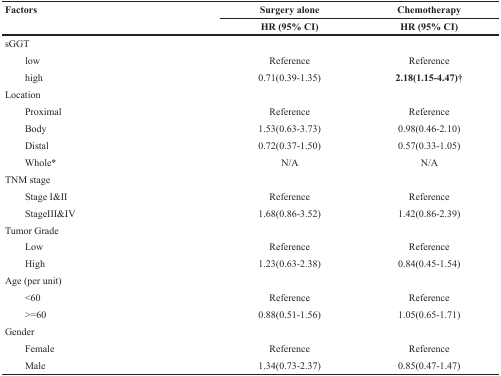
<table><thead><tr><td rowspan="2"><b>Factors</b></td><td><b>Surgery alone</b></td><td><b>Chemotherapy</b></td></tr><tr><td><b>HR (95% CI)</b></td><td><b>HR (95% CI)</b></td></tr></thead><tbody><tr><td>sGGT</td><td></td><td></td></tr><tr><td>low</td><td>Reference</td><td>Reference</td></tr><tr><td>high</td><td>0.71(0.39-1.35)</td><td><b>2.18(1.15-4.47)†</b></td></tr><tr><td>Location</td><td></td><td></td></tr><tr><td>Proximal</td><td>Reference</td><td>Reference</td></tr><tr><td>Body</td><td>1.53(0.63-3.73)</td><td>0.98(0.46-2.10)</td></tr><tr><td>Distal</td><td>0.72(0.37-1.50)</td><td>0.57(0.33-1.05)</td></tr><tr><td>Whole*</td><td>N/A</td><td>N/A</td></tr><tr><td>TNM stage</td><td></td><td></td></tr><tr><td>Stage I&amp;II</td><td>Reference</td><td>Reference</td></tr><tr><td>StageIII&amp;IV</td><td>1.68(0.86-3.52)</td><td>1.42(0.86-2.39)</td></tr><tr><td>Tumor Grade</td><td></td><td></td></tr><tr><td>Low</td><td>Reference</td><td>Reference</td></tr><tr><td>High</td><td>1.23(0.63-2.38)</td><td>0.84(0.45-1.54)</td></tr><tr><td>Age (per unit)</td><td></td><td></td></tr><tr><td>&lt;60</td><td>Reference</td><td>Reference</td></tr><tr><td>&gt;=60</td><td>0.88(0.51-1.56)</td><td>1.05(0.65-1.71)</td></tr><tr><td>Gender</td><td></td><td></td></tr><tr><td>Female</td><td>Reference</td><td>Reference</td></tr><tr><td>Male</td><td>1.34(0.73-2.37)</td><td>0.85(0.47-1.47)</td></tr></tbody></table>